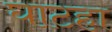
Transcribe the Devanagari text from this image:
घाटहा